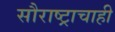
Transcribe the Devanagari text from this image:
सौराष्ट्राचाही